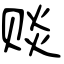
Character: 赕